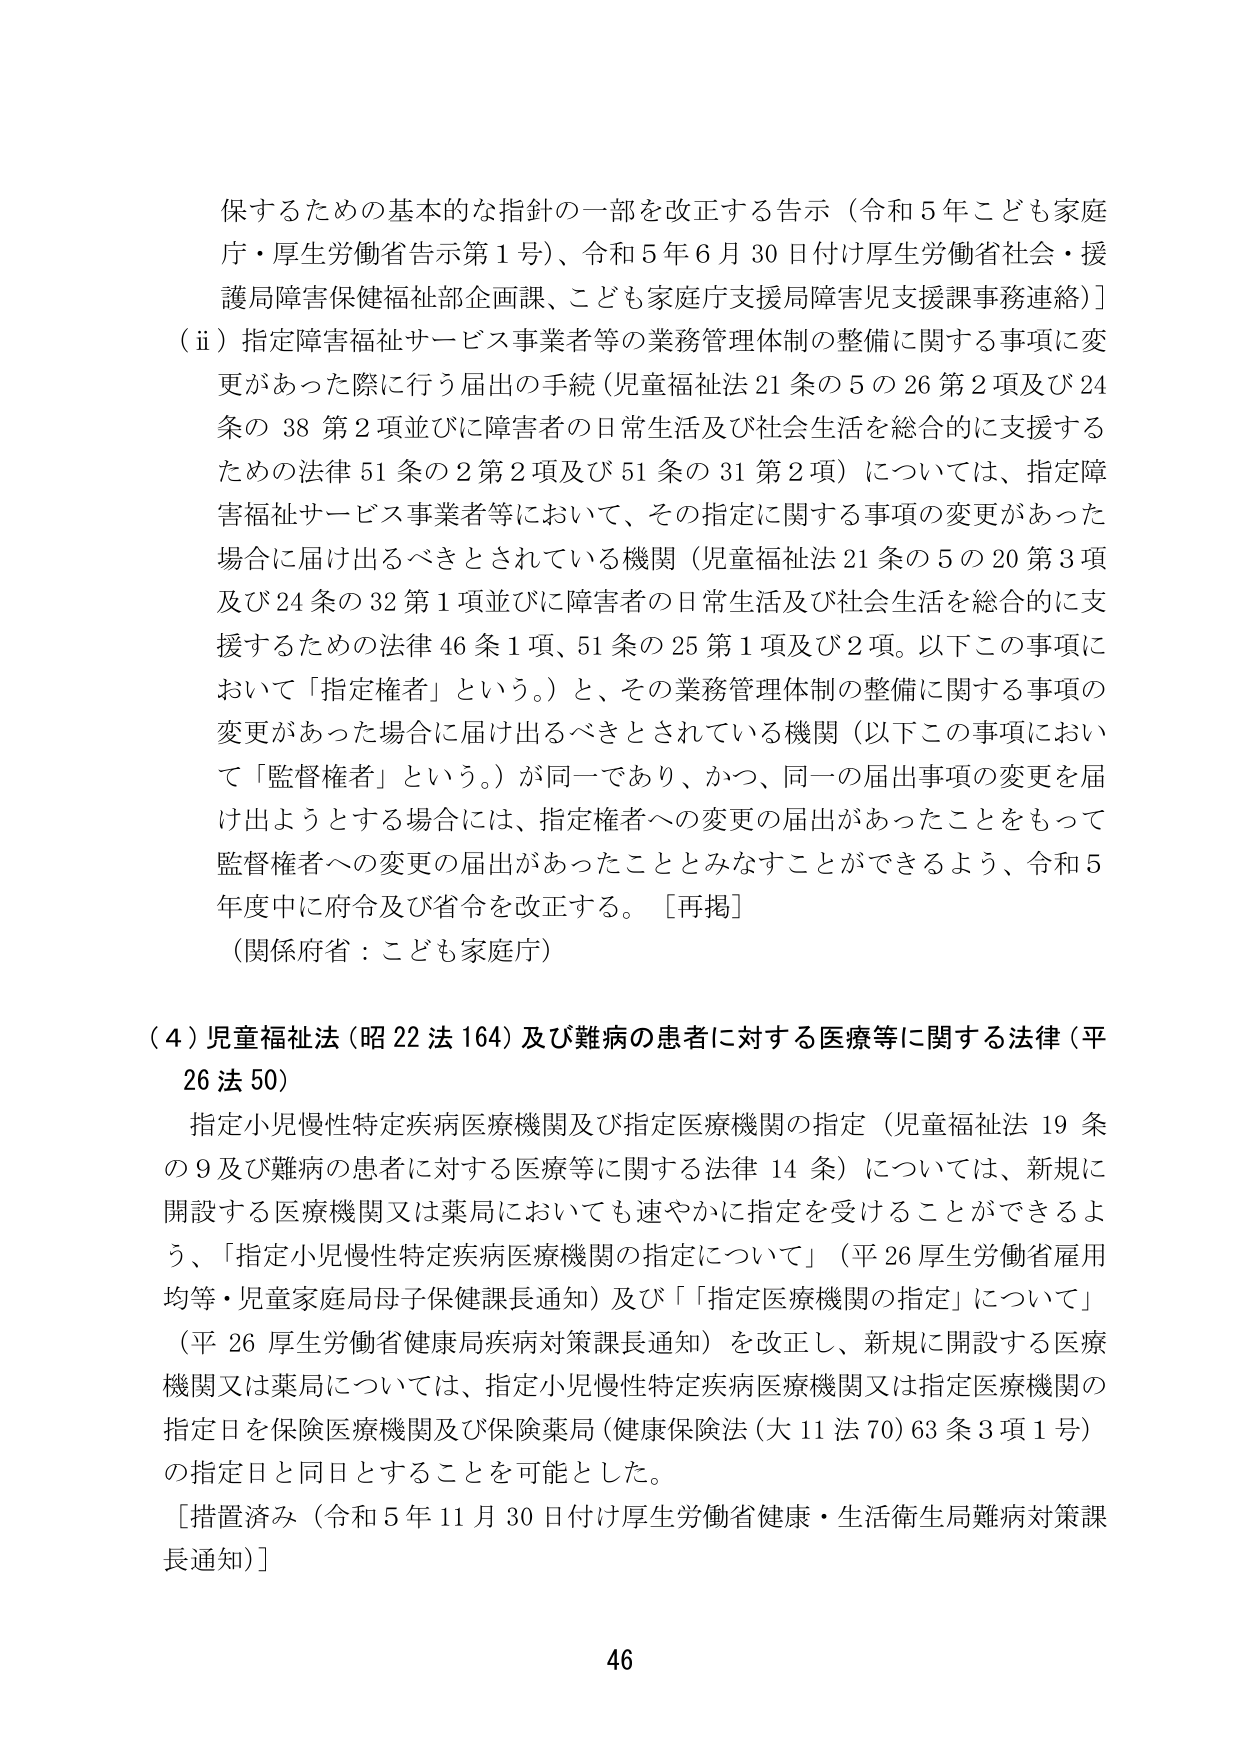
保するための基本的な指針の一部を改正する告示（令和５年こども家庭庁・厚生労働省告示第１号）、令和５年６月３０日付け厚生労働省社会・援護局障害保健福祉部企画課、こども家庭庁支援局障害児支援課事務連絡］

（ⅱ）指定障害福祉サービス事業者等の業務管理体制の整備に関する事項に変更があった際に行う届出の手続（児童福祉法21条の5の26第2項及び24条の38第2項並びに障害者の日常生活及び社会生活を総合的に支援するための法律51条の2第2項及び51条の31第2項）については、指定障害福祉サービス事業者等において、その指定に関する事項の変更があった場合に届け出るべきとされている機関（児童福祉法21条の5の20第3項及び24条の32第1項並びに障害者の日常生活及び社会生活を総合的に支援するための法律46条1項、51条の25第1項及び2項。以下この事項において「指定権者」という。）と、その業務管理体制の整備に関する事項の変更があった場合に届け出るべきとされている機関（以下この事項において「監督権者」という。）が同一であり、かつ、同一の届出事項の変更を届け出ようとする場合には、指定権者への変更の届出があったことをもって監督権者への変更の届出があったこととみなすことができるよう、令和５年度中に府令及び省令を改正する。［再掲］

（関係府省：こども家庭庁）

（４）児童福祉法（昭22法164）及び難病の患者に対する医療等に関する法律（平26法50）

指定小児慢性特定疾病医療機関及び指定医療機関の指定（児童福祉法19条の9及び難病の患者に対する医療等に関する法律14条）については、新規に開設する医療機関又は薬局においても速やかに指定を受けることができるよう、「指定小児慢性特定疾病医療機関の指定について」（平26厚生労働省雇用均等・児童家庭局母子保健課長通知）及び「指定医療機関の指定について」（平26厚生労働省健康局疾病対策課長通知）を改正し、新規に開設する医療機関又は薬局については、指定小児慢性特定疾病医療機関又は指定医療機関の指定日を保険医療機関及び保険薬局（健康保険法（大11法70）63条3項1号）の指定日と同日とすることを可能とした。

［措置済み（令和５年11月30日付け厚生労働省健康・生活衛生局難病対策課長通知）］

46